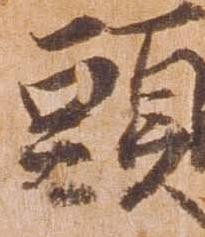
頭